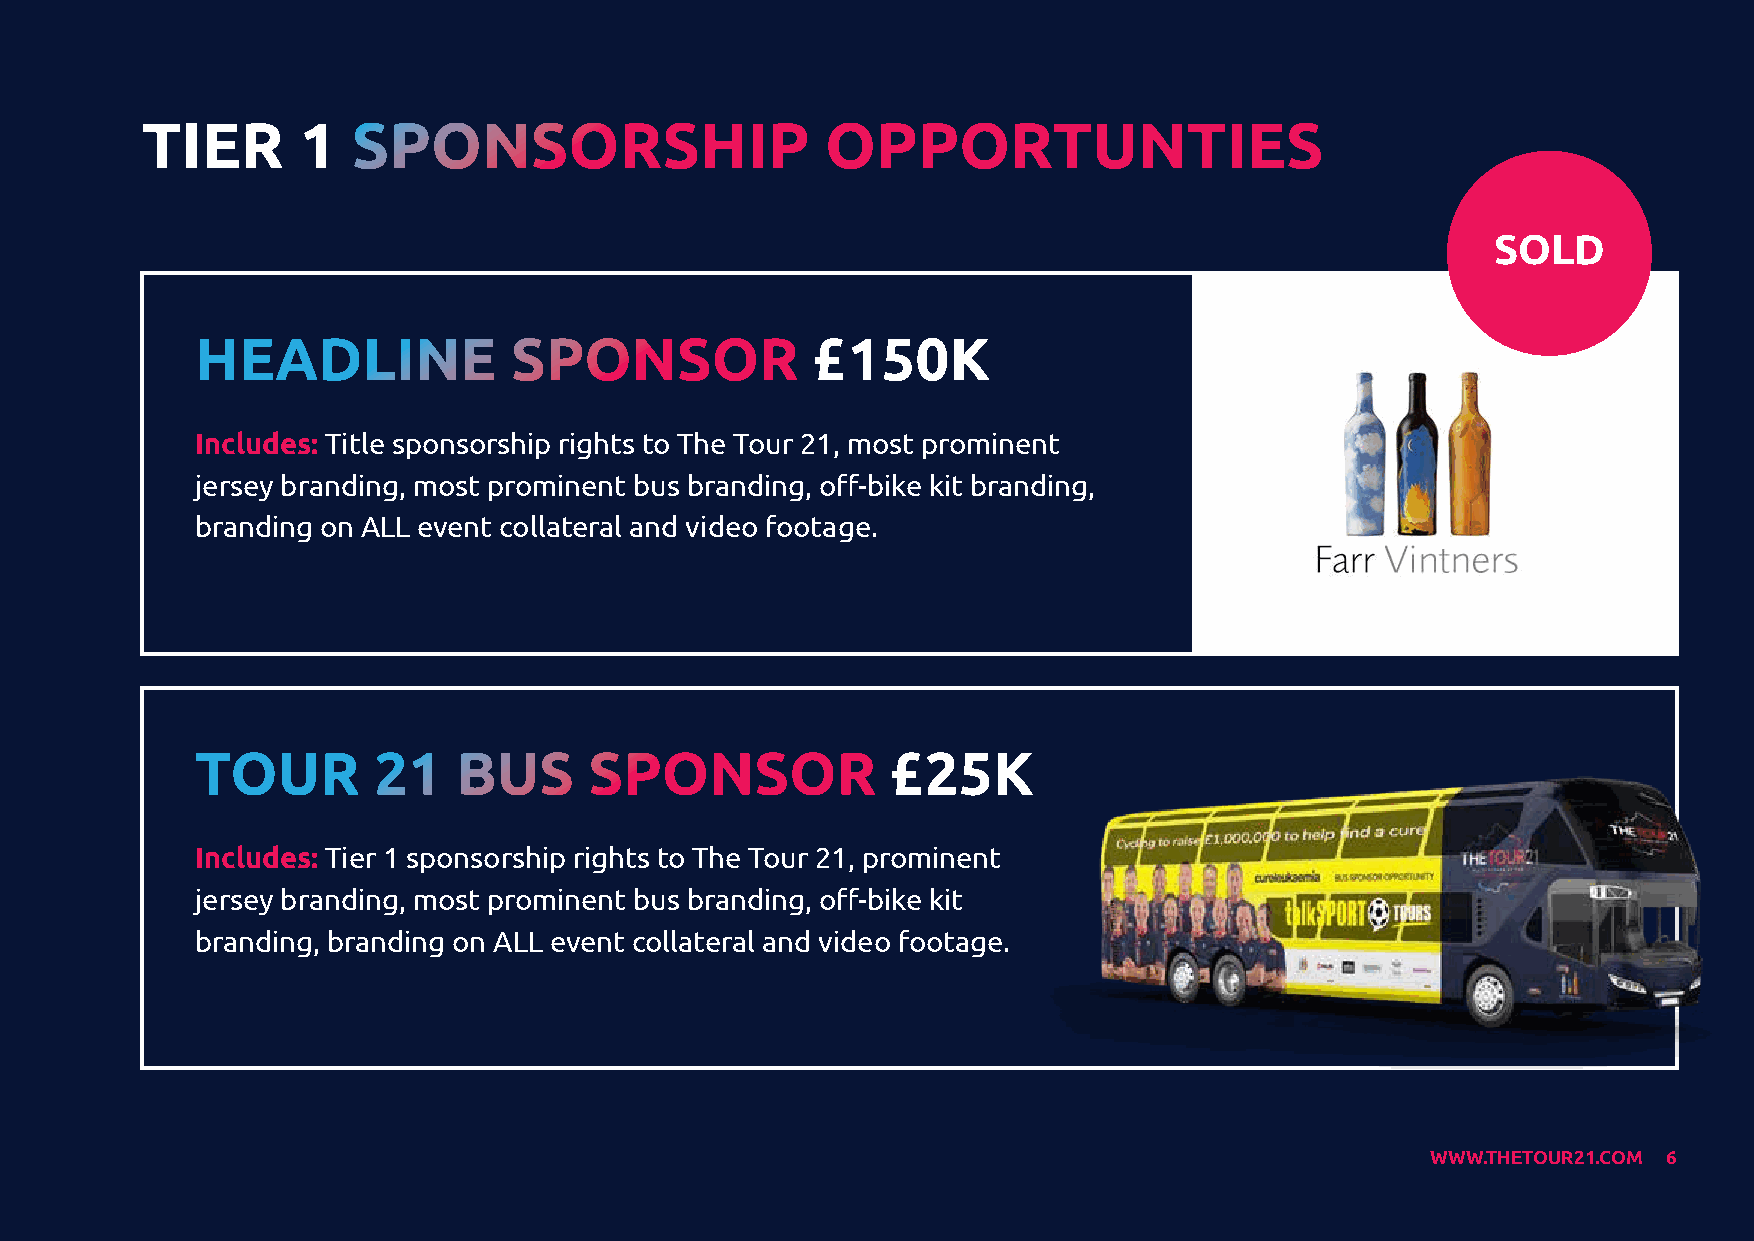
TIER       1  SPONSORSHIP                     OPPORTUNTIES
 SOLD
 HEADLINE             SPONSOR             £150K
 Includes: Title sponsorship rights to The Tour 21, most prominent
 jersey branding, most prominent bus branding, off-bike kit branding,
 branding on ALL event collateral and video footage.
 TOUR        21   BUS      SPONSOR             £25K
 Includes: Tier 1 sponsorship rights to The Tour 21, prominent
 jersey branding, most prominent bus branding, off-bike kit
 branding, branding on ALL event collateral and video footage.
 WWW.THETOUR21.COM 6